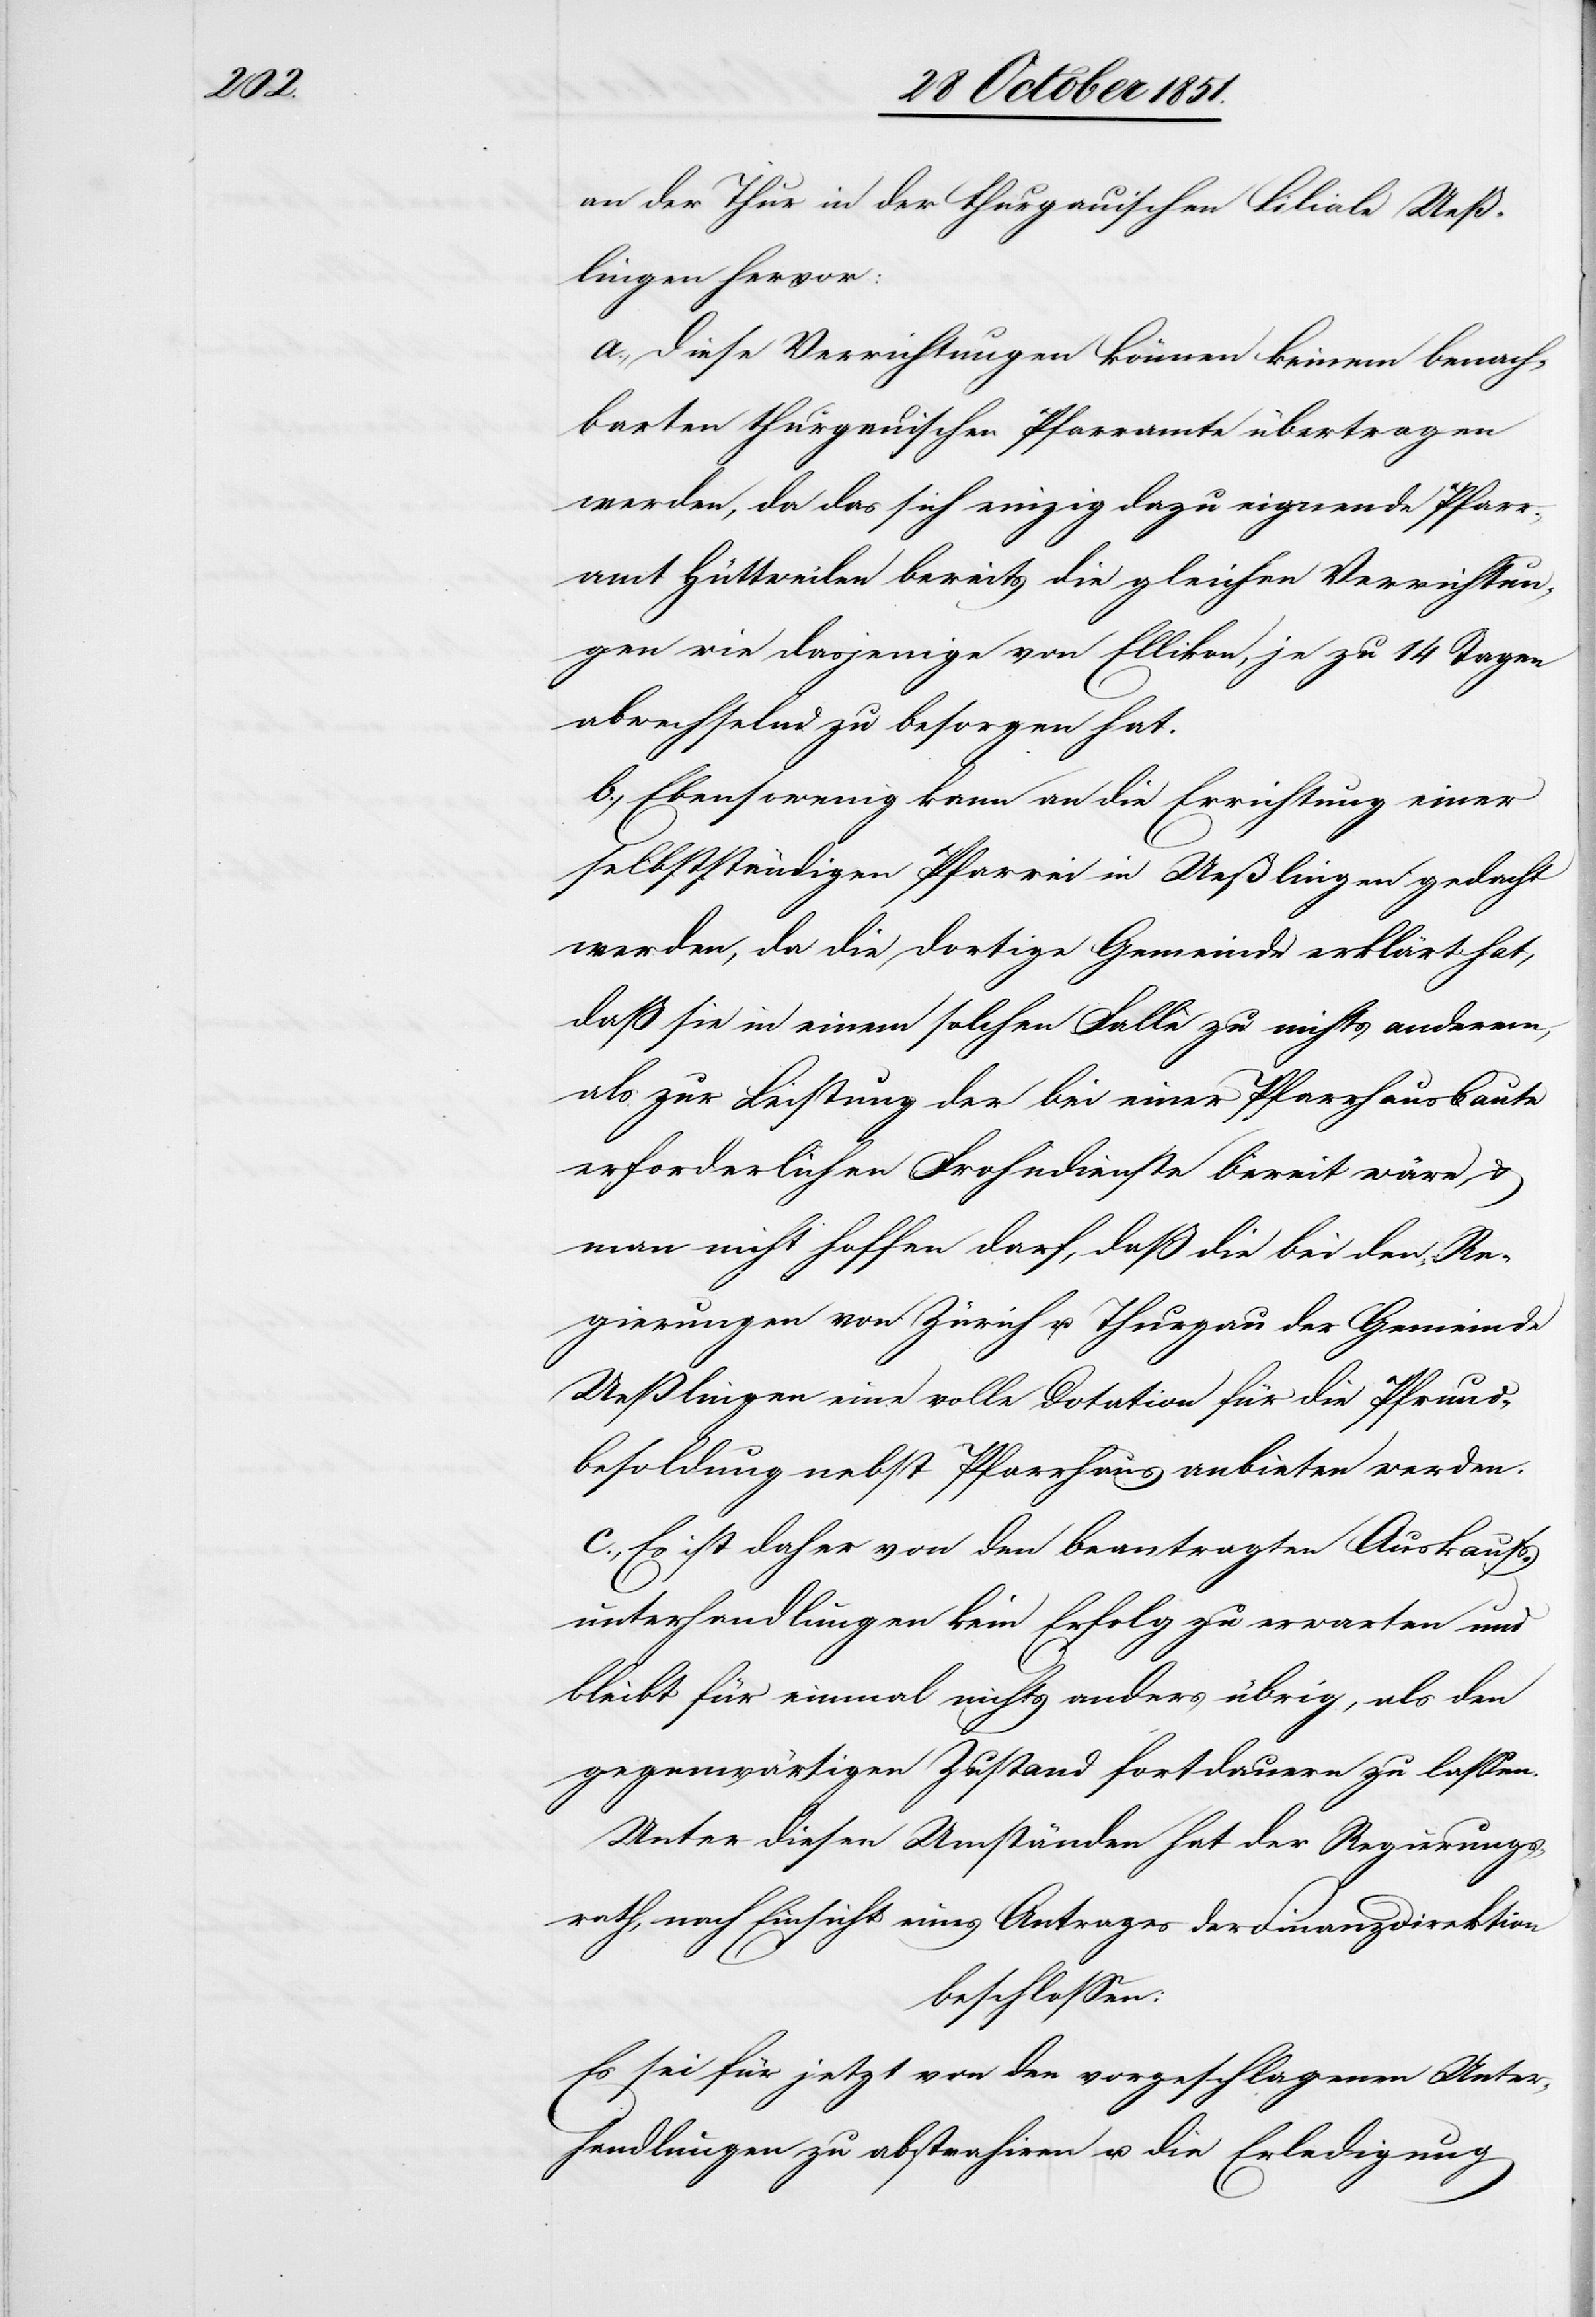
an der Thur in der thurgauischen Filiale Ueß¬
lingen hervor:
a., Diese Verrichtungen können keinem benach¬
barten thurgauischen Pfarramte übertragen
werden, da das sich einzig dazu eignende Pfarr¬
amt Hüttweilen bereits die gleichen Verrichtun¬
gen wie dasjenige von Ellikon, je zu 14 Tagen
abwechselnd zu besorgen hat.
b., Ebensowenig kann an die Errichtung einer
selbstständigen Pfarrei in Ueßlingen gedacht
werden, da die dortige Gemeinde erklärt hat,
daß sie in einem solchen Falle zu nichts anderem,
als zur Leistung der bei einer Pfarrhausbaute
erforderlichen Frohndienste bereit wäre &
man nicht hoffen darf, daß die beiden Re¬
gierungen von Zürich u. Thurgau der Gemeinde
Ueßlingen eine volle Dotation für die Pfrund¬
besoldung nebst Pfarrhaus anbieten werden.
c., Es ist daher von den beantragten Auskaufs¬
unterhandlungen kein Erfolg zu erwarten und
bleibt für einmal nichts anders übrig, als den
gegenwärtigen Zustand fortdauern zu lassen.
Unter diesen Umständen hat der Regierungs¬
rath, nach Einsicht eines Antrages der Finanzdirektion
beschlossen:
Es sei für jetzt von den vorgeschlagenen Unter¬
handlungen zu abstrahiren u. die Erledigung